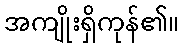
အကျိုးရှိကုန်၏။